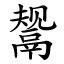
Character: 鬶